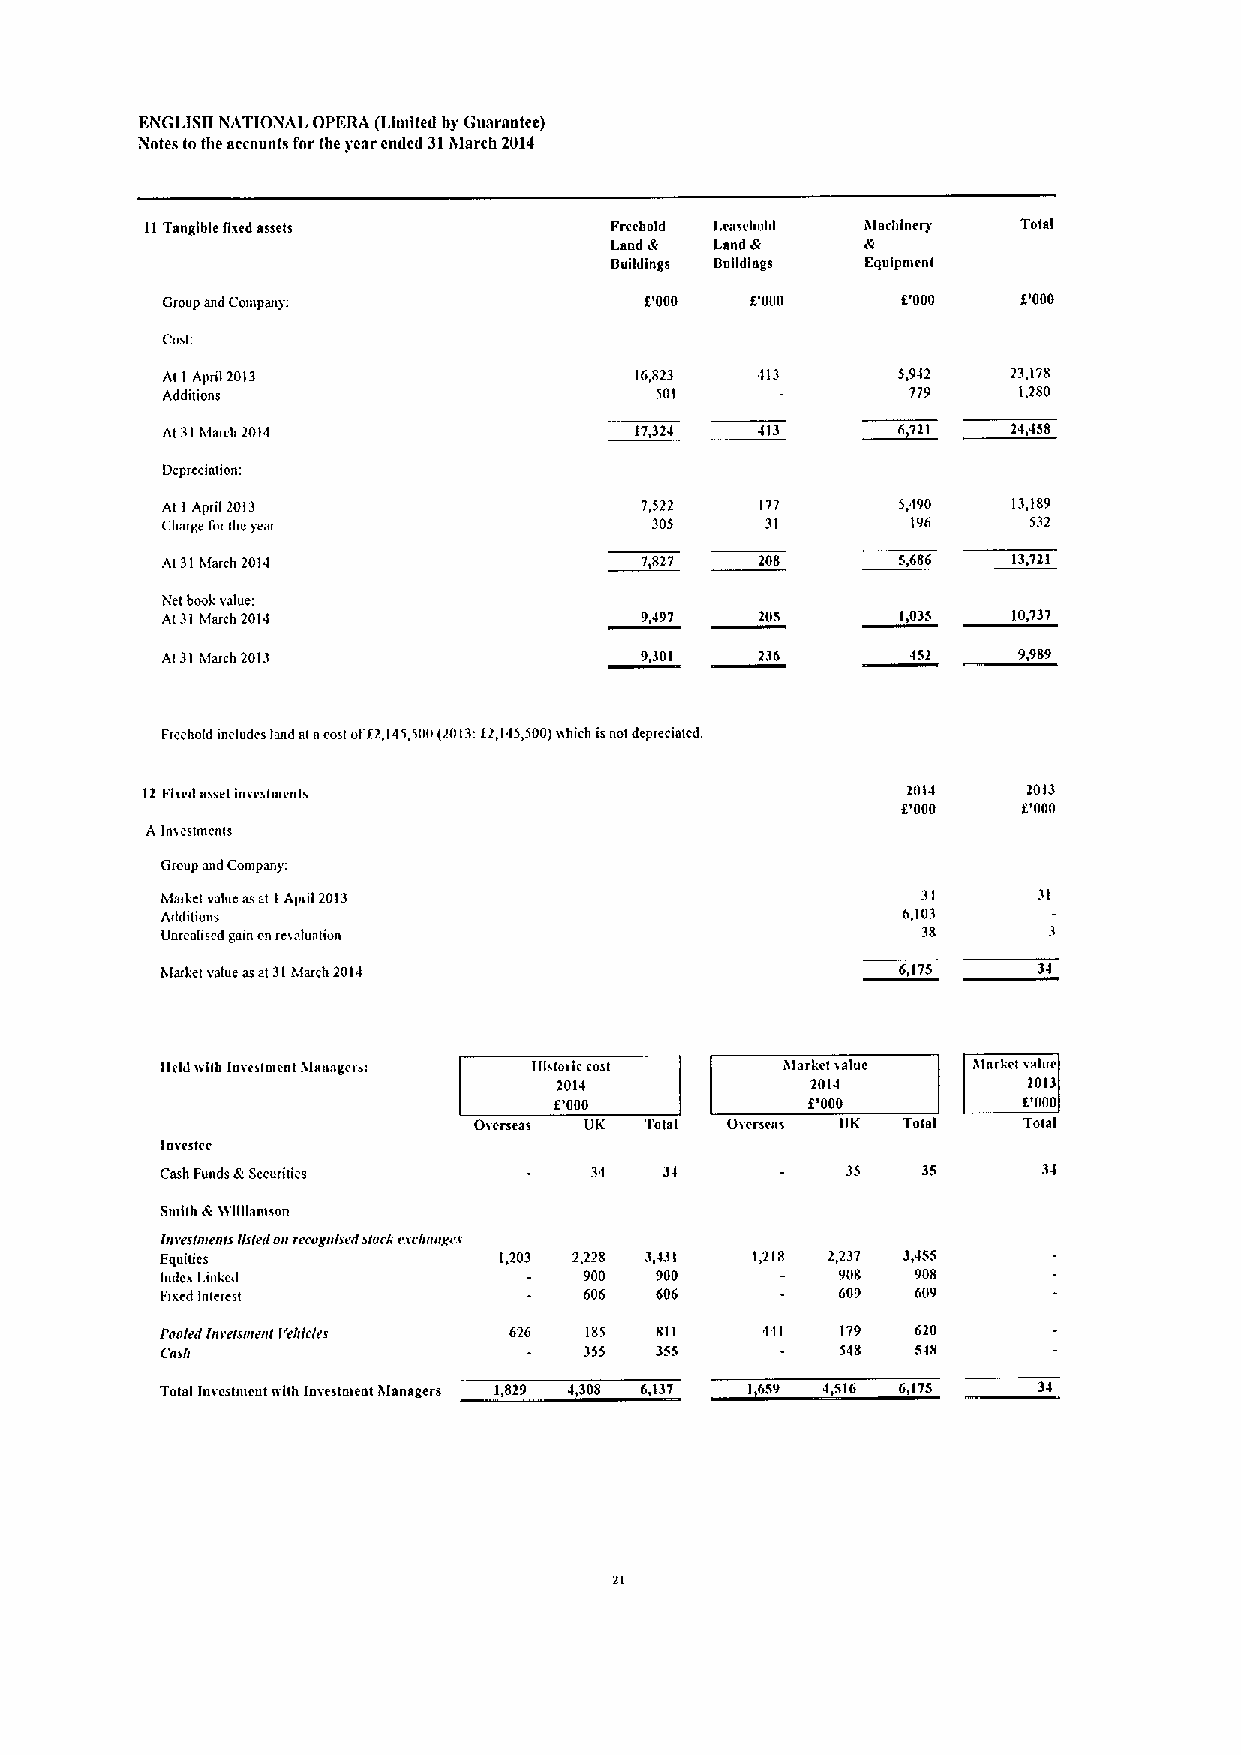
ENGLISII NATIOiNAL OPERA (Llntlted hy Guarantee)
 Notes lothe accounts for the year cndcd 31ihlarch 2014
 11Tangible flied assets       Freehold I.caschold Alschlnery Total
 Laad A Land A    A
 Oui
 ldinge 0uIIdIage Eaulpnienl
 Group and Conipany.             f.'000 f.'000    8'000   f.'000
 Cost
 Al I April 2013                16,823  413      5,942   23,178
 Additions                       501              779    1,280
 ~6721
 At 31hiarch 2014               17,324  413              24,458
 Ucprcciation
 At I April 2013                7,522   177      5,490   13,189
 Charge forIhc&ear               305     31       196     5'l2
 Al 31March 2014                7,817   208      c,686   13,721
 Net boob value
 At31Ilarch 2014                9,497   205       1,035  10,737
 Al 31hlarch 2013               9,301   236       452    9,989
 Freehold mcludes land atacostof22,145,500(2013'f2,145,500)iihich isnot deprematcd
 11Flied nsselimcslnicnls                           2014    \013
 f.'000  f,'000
 A 1mesuneiils
 Group and Conipany.
 Marbct value asat I Apnl 2013                     34
 Additions                                        6,103
 Unre*bsed gain nn revaluation                     38
 a
 hlarhel value asat31hlarch 2014                 6,175
 llcldiillb luieiloienl Msrisgei . Ilhtoric cost 3Isrlel islue htnrhel ialue
 1014             2014          2013
 f'000           COOO           f.'000
 Gicmess UK  TotaI Overseas UK Total  TotaI
 Imestec
 Cash Fuads ASecurilies           3l          35   35
 Smith Pv 'tcllllannon
 liii'eslritefils llslerl oiircrogiilsrdslorf esc/ioligrs
 Enuiues               1,203 2,228 3,431 1,218 2,237 3,455
 Indei Linked                900 900          908  908
 Fixed Interest              606 606          G09  609
 Pooled lnrelsnirnl I'elilrles 62G 185 811 441 179 620
 Cns/i                       355 355          548  548
 Total laieslment nhh 1meslaieot hlansger 1,829 4,308 6,137 1659 4,51G 6,175 34